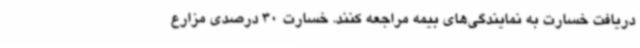
دریافت خسارت به نمایندگی‌های بیمه مراجعه کنند. خسارت 30 درصدی مزارع